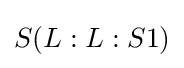
S(L:L:S1)